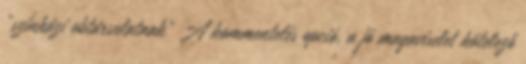
„színházi ebtársulatnak” A kommentelés opció, a jó magaviselet kötelező